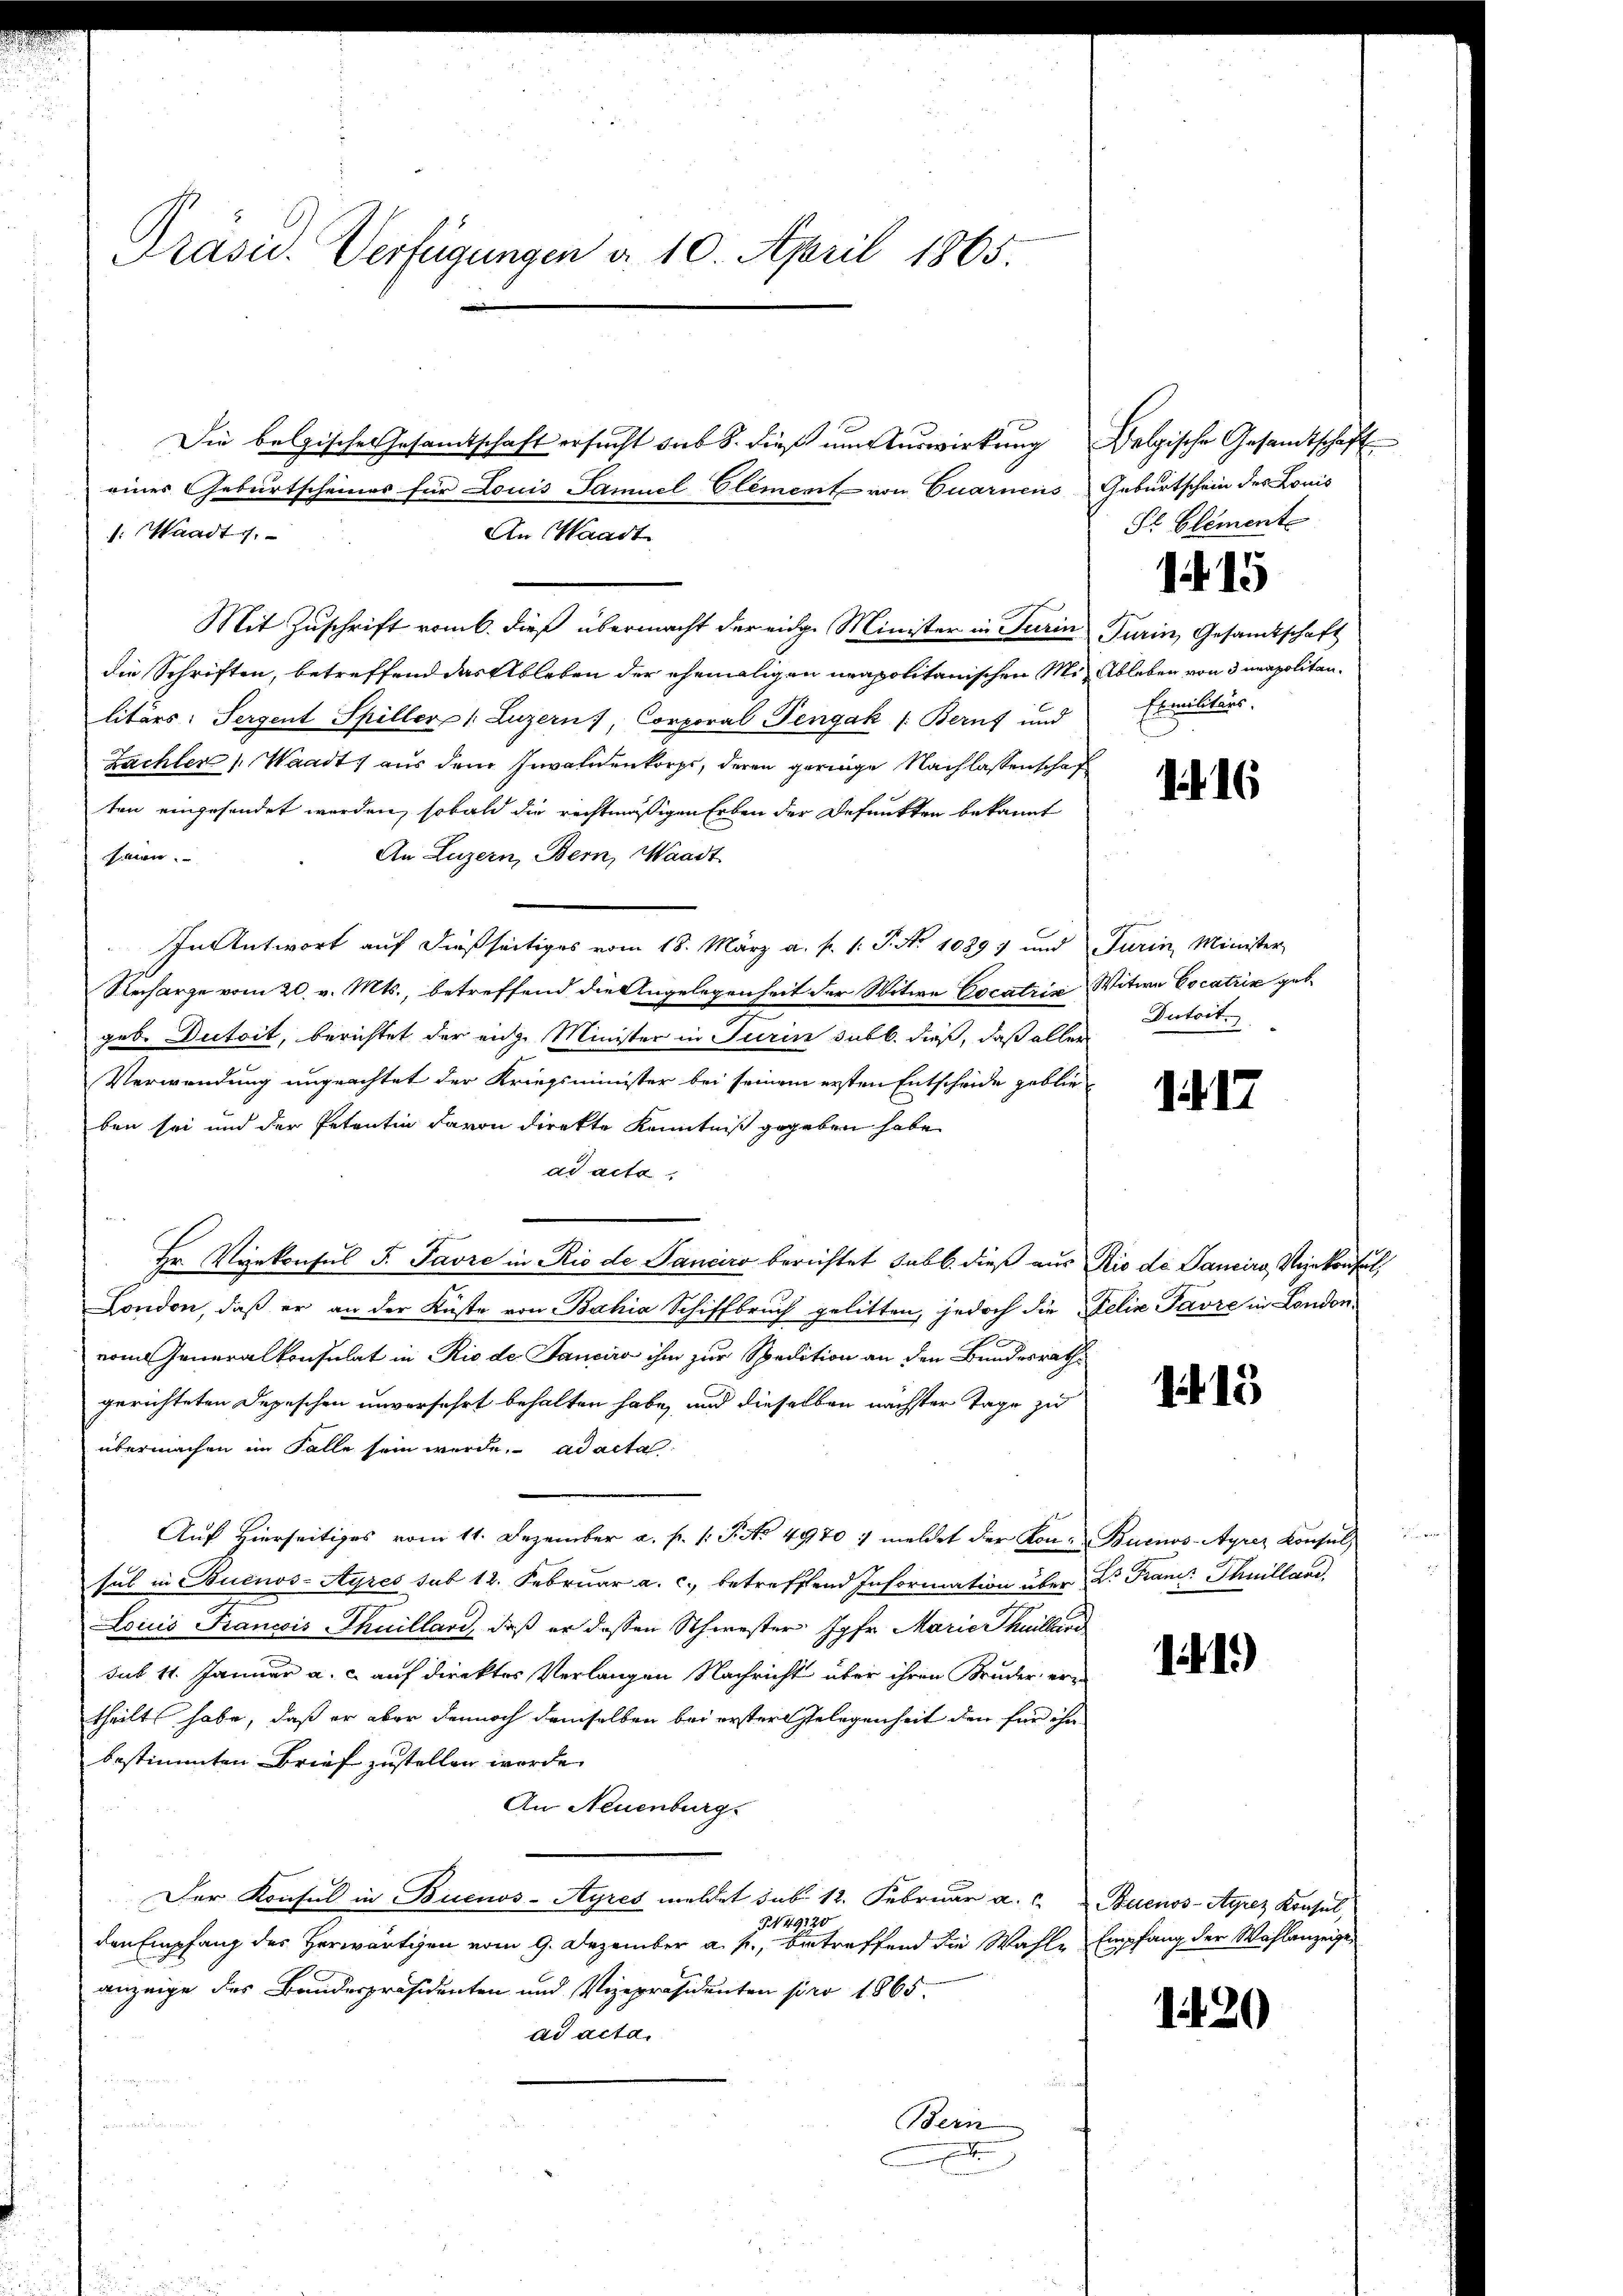
Präsid. Verfügungen d. 10. April 1865.

Die belgischer Gesamtschaft ersucht sub S. dieß um Auswirkung Belgische Gesandtschaft
eines Geburtscheines für Louis Samuel Element von Quarnens Geburtschein des Louis
s: Waadt 1.
An Waadt
Mit Zuschrift vom 6. dieß übermacht der eidg. Minister in Turin Turin, Gesandtschaft
die Schriften, betreffend das Ableben der ehemaligen neapolitanischen Mit Ableben von 3 neapolitanlitärs: Sergent Spiller. Luzern), Corporal Pengak /: Berns und
Zachter Waadt aus dem Invalienkorps, deren geringe Nachlassenschaf
ten eingesendet werden, sobald die rechtmäßigen Erben der Befunkten bekannt
An Luzern, Bern, Waadt
imen
In Antwort auf dießseitiges vom 18. März a. p. 1. P. Nr. 1089. und Turin Minister
Recharge vom 20. v. Mts., betreffend die Angelegenheit der Witwe Cocatrix, Witwe Cocatrix geb
geb. Dutoit, berichtet der eige Minister in Turin sub b. dieß, daß aller
Verwendung ungeachtet der Kriegsminister bei seinem ersten Entscheide geblie
ben sei und der Petentin davon direkte Kenntniß gegeben habe
ad acta.
Hr. Vinkonsul F. Favre in Rio de Sanciro berichtet sub b. dieß aus Rio de Panciro, Vizekonft,
London, daß er an der Küste von Bahia Schiffbruch gelitten, jedoch die Felix Favre in Londona
vom Generalkonsulat in Rio de Sancira ihm zur Spedition an den Bundesrathe
gerichteten Depeschen unverfahrt behalten habe, und dieselben nächster Tage zu
übermachen im Falle sein werde. ad acta
Aŭf Hierseitiges vom 11. Dezember a. f. 1. P. Nr. 4970 / meldet der Kon- Buenos-Ayrez Konsul
sul in Buenos-Ayres sub 12. Februar a. c. betreffend Information über Dr Franz Thuilland,
Louis Francis Thuillard, daß er dessen Schwester Jgfr. Marie Thuillerd
sub 11. Januar a. c. auf direktes Verlangen Nachricht über ihren Bruder erze
theilt habe, daß er aber dennoch demselben bei erster Gelegenheit den für ihn
bestimmten Brief zustellen worde.
An Neuenburg
Der Konsul in Buenos-Ayres meldet sub. 12. Februar a. c. Buenos-Ayrez Konsul,
NN49120
den Empfang des Herwärtigen vom 9. Dezember a. p., betreffend die Wahle Empfang der Wahlanzeige
anzeige des Bandespräsidenten und Vizepräsidenten pro 1865.
ad acta.
u
Bern
n

Sr. Element

115

Exmilitärs.
n

11. 16

Dutoit.

117

115

141)

dit 20